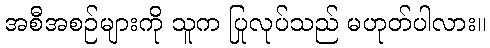
အစီအစဉ်များကို သူက ပြုလုပ်သည် မဟုတ်ပါလား။